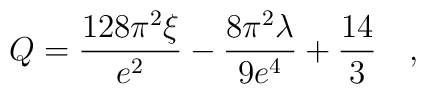
Q= {128 \pi^2\xi \over e^2}-{8\pi^2 \lambda \over 9e^4}+{14 \over  3}~~~,